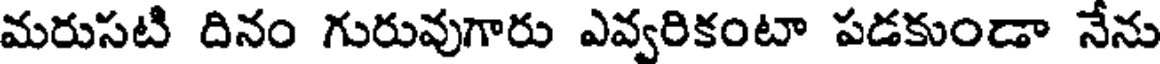
మరుసటి దినం గురువుగారు ఎవ్వరికంటా పడకుండా నేను